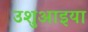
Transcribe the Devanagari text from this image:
उशुआइया